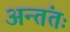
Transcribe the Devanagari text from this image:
अन्तंतः